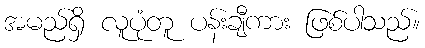
အမည်ရှိ လူပုံတူ ပန်းချီကား ဖြစ်ပါသည်။